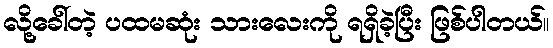
လို့ခေါ်တဲ့ ပထမဆုံး သားလေးကို ရရှိခဲ့ပြီး ဖြစ်ပါတယ်။